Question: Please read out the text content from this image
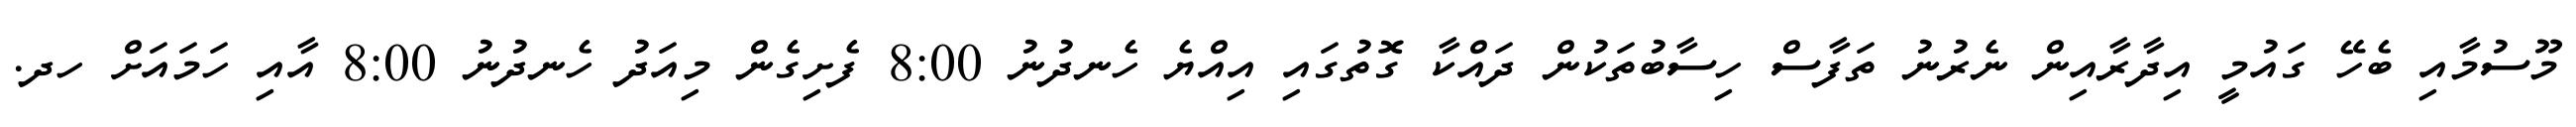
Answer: މޫސުމާއި ބެހޭ ގައުމީ އިދާރާއިން ނެރުނު ތަފާސް ހިސާބުތަކުން ދައްކާ ގޮތުގައި އިއްޔެ ހެނދުނު 8:00 ފެށިގެން މިއަދު ހެނދުނު 8:00 އާއި ހަމައަށް ހދ.